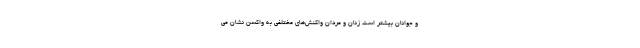
و جوانان بیشتر است زنان و مردان واکنش‌های مختلفی به واکسن نشان می